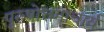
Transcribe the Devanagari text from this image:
पुरुषोत्तमाचार्य